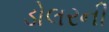
ડોલરની